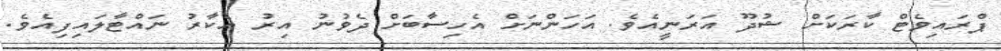
ޕްރައިވެޓް ކާރަކަށް ޝުދޫ އަރަނީއެވެ. އަހަންނަށް އެހިސާބަށް ދެވުނު އިރު އެކާރު ނައްޓާލައިފިއެވެ.